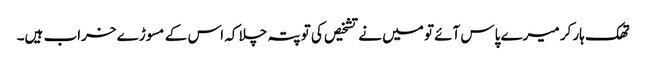
تھک ہار کر میرے پاس آئے تو میں نے تشخیص کی تو پتہ چلا کہ اس کے مسوڑے خراب ہیں۔